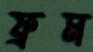
ফ্রম